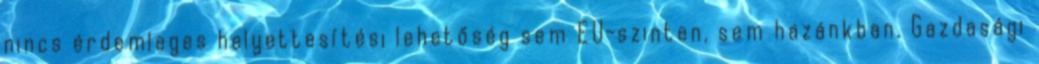
nincs érdemleges helyettesítési lehetőség sem EU-szinten, sem hazánkban. Gazdasági